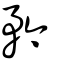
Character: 矜